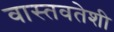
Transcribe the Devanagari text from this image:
वास्तवतेशी